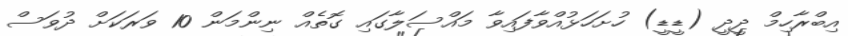
އިބްރާހިމް ދީދީ (ޑީޑީ) ހުށަހަޅުއްވާފައިވާ މައްސަލާގައި ގޮތެއް ނިންމަން 10 ވަރަކަށް ދުވަސް